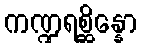
ကဏ္ဍရစ္ဆိန္နော